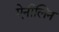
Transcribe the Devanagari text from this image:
ऐनीलिन